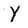
Character: Y